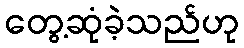
တွေ့ဆုံခဲ့သည်ဟု